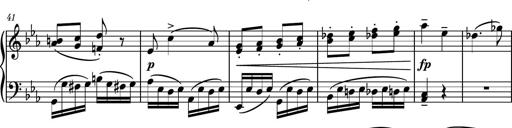
Title: Piano Sonatina No.5
Composer: Dimitri Sykias
Key: C minor